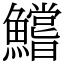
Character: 鱨